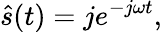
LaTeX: {\hat{s}}(t)=je^{-j\omega t},